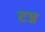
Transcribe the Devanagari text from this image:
टन्न